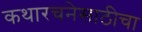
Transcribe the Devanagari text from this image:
कथारचनेसाठीचा